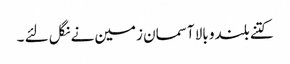
کتنے بلندو بالا آسمان زمین نے نگل لئے ۔